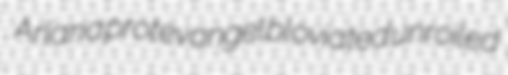
Arlana protevangel bloviated unroiled